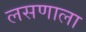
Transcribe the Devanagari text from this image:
लसणाला